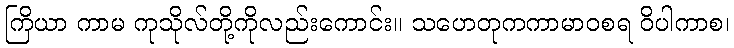
ကြိယာ ကာမ ကုသိုလ်တို့ကိုလည်းကောင်း။ သဟေတုကကာမာဝစရ ဝိပါကာစ၊